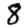
Digit: 8